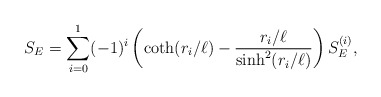
\begin{align*}S_E= \sum_{i=0}^1 (-1)^i \left(\coth(r_i/\ell)-{r_i/\ell\over\sinh^2(r_i/\ell)}\right)S_E^{(i)},\end{align*}